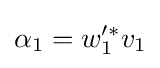
\alpha _{1}=w_{1}'^{*}v_{1}